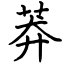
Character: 莽